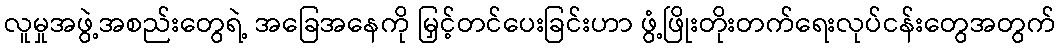
လူမှုအဖွဲ့အစည်းတွေရဲ့ အခြေအနေကို မြှင့်တင်ပေးခြင်းဟာ ဖွံ့ဖြိုးတိုးတက်ရေးလုပ်ငန်းတွေအတွက်